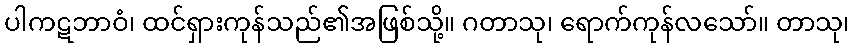
ပါကဋဘာဝံ၊ ထင်ရှားကုန်သည်၏အဖြစ်သို့။ ဂတာသု၊ ရောက်ကုန်လသော်။ တာသု၊